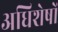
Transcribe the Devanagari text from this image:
अधिशेषों